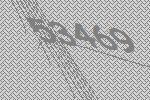
53469